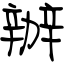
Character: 辦